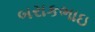
બરાકભાઇ